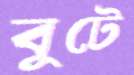
বুটে